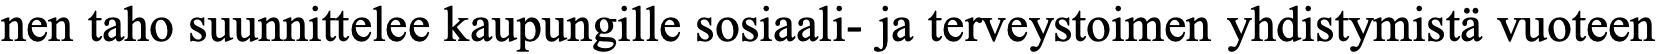
nen taho suunnittelee kaupungille sosiaali- ja terveystoimen yhdistymistä vuoteen